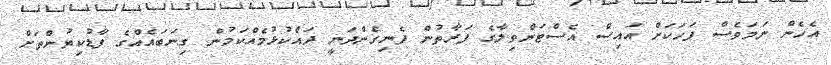
އެހެން ނަމަވެސް ފަހަކަށް އައިސް އެސްޓަންވިލާގެ ފަރާތުން ފެނިގެންދަނީ ދައްކުޅުމެއްކަމުން ގިނަބައެއްގެ ފާޑުކިޔުންތަށް